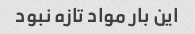
این بار مواد تازه نبود